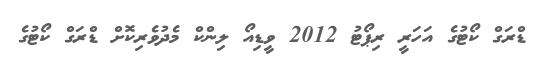
ޑްރަގް ކޯޓުގެ އަހަރީ ރިޕޯޓު 2012 ވީޑިއޯ ލިންކް މެދުވެރިކޮށް ޑްރަގް ކޯޓުގެ